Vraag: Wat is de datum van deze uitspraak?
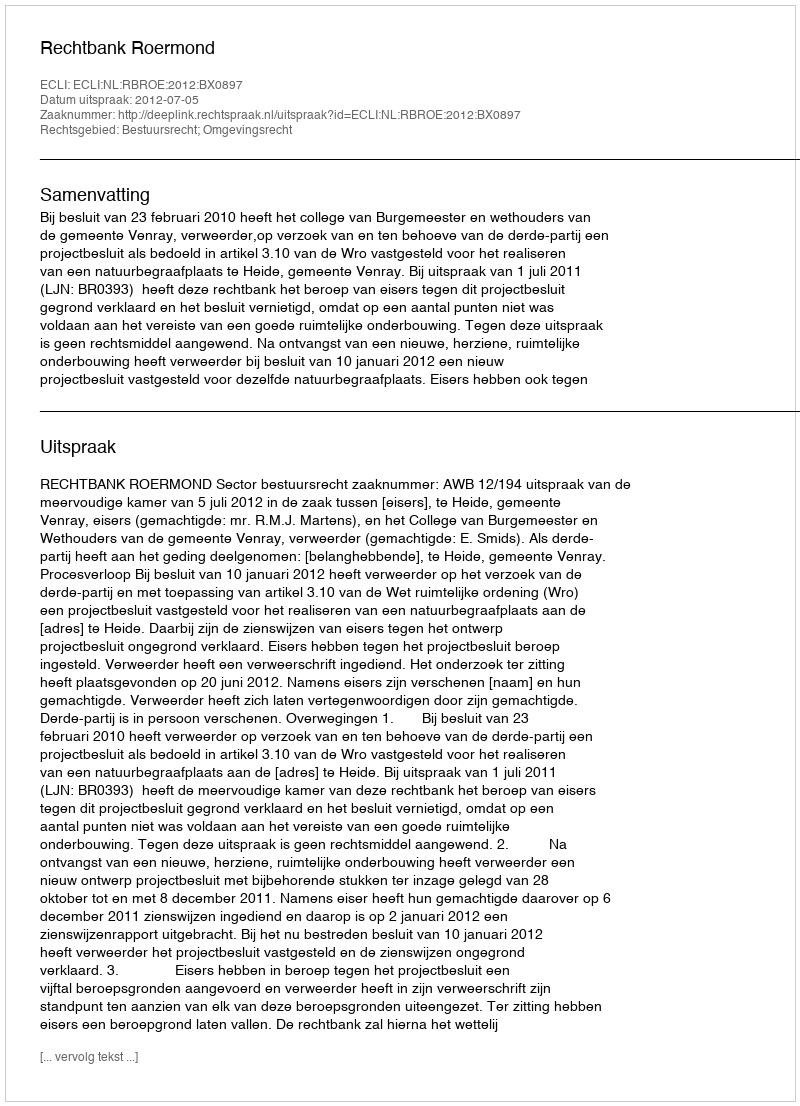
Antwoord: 2012-07-05